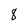
Character: 8